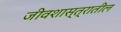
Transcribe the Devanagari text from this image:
जीवशास्त्रातील